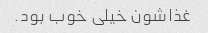
غذاشون خیلی خوب بود.